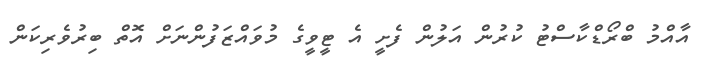
އާއްމު ބްރޯޑްކާސްޓު ކުރުން އަލުން ފެށީ އެ ޓީވީގެ މުވައްޒަފުންނަށް އޮތް ބިރުވެރިކަން